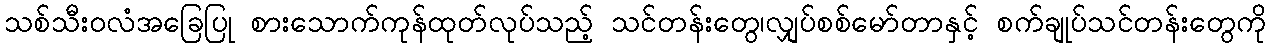
သစ်သီးဝလံအခြေပြု စားသောက်ကုန်ထုတ်လုပ်သည့် သင်တန်းတွေ၊လျှပ်စစ်မော်တာနှင့် စက်ချုပ်သင်တန်းတွေကို